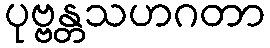
ပုဗ္ဗန္တသဟဂတာ